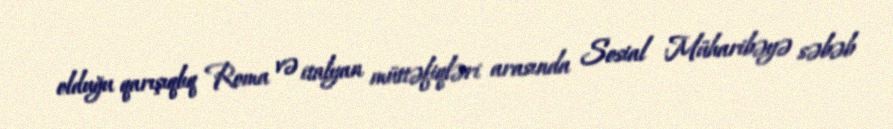
olduğu qarışıqlıq Roma və italyan müttəfiqləri arasında Sosial Müharibəyə səbəb